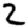
Digit: 2